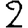
Digit: 2